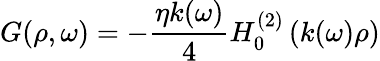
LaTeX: G(\rho,\omega)=-\frac{\eta k(\omega)}{4}H_{0}^{(2)}\left(k(\omega)\rho\right)